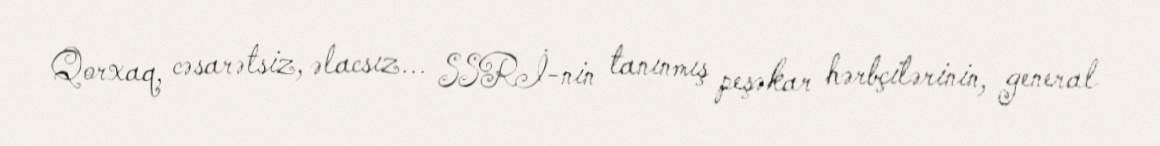
Qorxaq, cəsarətsiz, əlacsız... SSRİ-nin tanınmış peşəkar hərbçilərinin, general